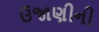
ઉજાણીની